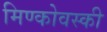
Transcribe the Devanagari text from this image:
मिण्कोवस्की